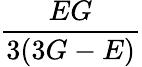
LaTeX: \frac{EG}{3(3G-E)}